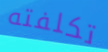
تكلفته